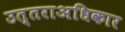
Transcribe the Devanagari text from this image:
उत्तराअधिकार